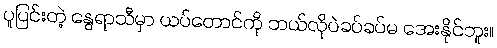
ပူပြင်းတဲ့ နွေရာသီမှာ ယပ်တောင်ကို ဘယ်လိုပဲခပ်ခပ်မ အေးနိုင်ဘူး။